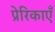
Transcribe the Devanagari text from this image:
प्रेरिकाएँ